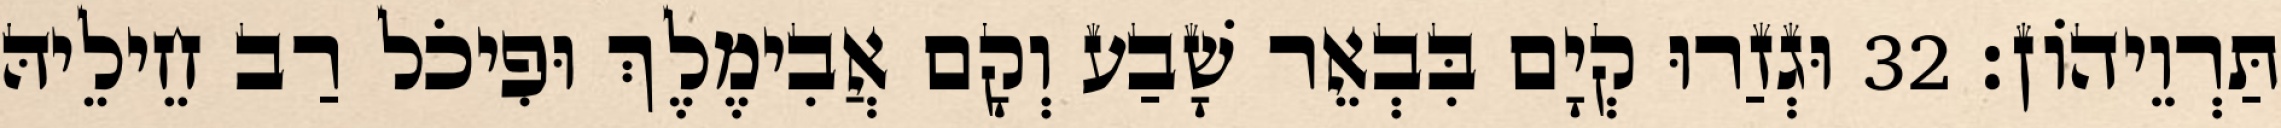
תַּרְוֵיהוֹן׃ 32 וּגְזַרוּ קְיָם בִּבְאֵר שָׁבַע וְקָם אֲבִימֶלֶךְ וּפִיכֹל רַב חֵילֵיהּ